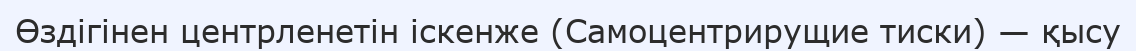
Өздігінен центрленетін іскенже (Самоцентрирущие тиски) — қысу